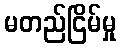
မတည်ငြိမ်မှု